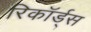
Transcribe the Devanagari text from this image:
रिकॉर्ड्स